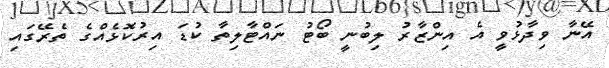
އޭނާ ވިދާޅުވީ އެ އިންޒާރު ލިބުނީ ބޯޓު ނައްޓާލިތާ ކުޑަ އިރުކޮޅެއްގެ ތެރޭގައި